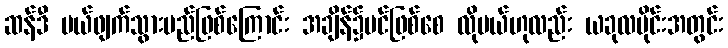
ဆန်ဒီ ပယ်ဖျက်သွားမည်ဖြစ်ကြောင်း အချိန်၌ပင်ဖြစ်စေ လိုမယ်ဟုလည်း ယခုလပိုင်းအတွင်း